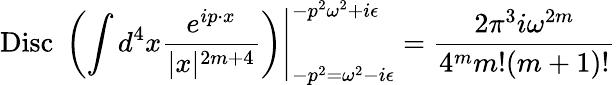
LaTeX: \left.\mathrm{Disc}\; \left(\int d^{4}x{\frac{e^{ip\cdot x}}{|x|^{2m+4}}}\right)\right|_{-p^{2}=\omega^{2}-i\epsilon}^{-p^{2}\omega^{2}+i\epsilon}={\frac{2\pi^{3}i\omega^{2m}}{4^{m}m!(m+1)!}}